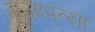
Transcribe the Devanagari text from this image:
प्राजापत्या